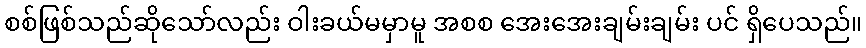
စစ်ဖြစ်သည်ဆိုသော်လည်း ဝါးခယ်မမှာမူ အစစ အေးအေးချမ်းချမ်း ပင် ရှိပေသည်။